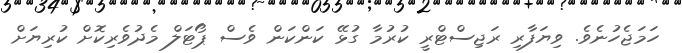
ހަމަޖެހުނެވެ. ވިޔަފާރި ރަޖިސްޓްރީ ކުރުމާ ގުޅޭ ކަންކަން ވެސް ޕޯޓަލް މެދުވެރިކޮށް ކުރިޔަށް